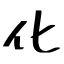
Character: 化